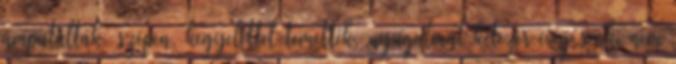
amputálták, szépen, kegyelettel temették, nyugalmát kétezer évig senki nem